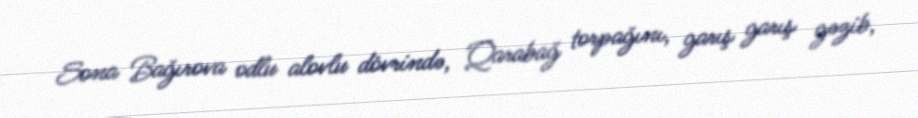
Sona Bağırova odlu alovlu dövrində, Qarabağ torpağını, garış garış gəzib,